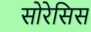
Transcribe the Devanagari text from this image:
सोरेसिस